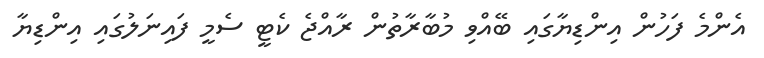
އެންމެ ފަހުން އިންޑިޔާގައި ބޭއްވި މުބާރާތުން ރާއްޖެ ކެޓީ ސެމީ ފައިނަލުގައި އިންޑިޔާ